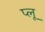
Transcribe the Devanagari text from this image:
प्लू